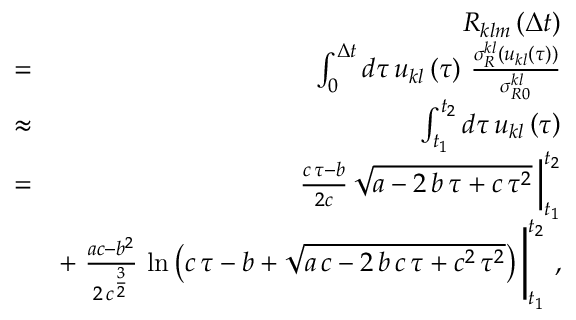
\begin{array} { r l r } & { } & { { \cal R } _ { k l m } \left( \Delta t \right) } \\ & { = } & { \int _ { 0 } ^ { \Delta t } d \tau \, u _ { k l } \left( \tau \right) \, \frac { \sigma _ { R } ^ { k l } \left( u _ { k l } \left( \tau \right) \right) } { \sigma _ { R 0 } ^ { k l } } } \\ & { \approx } & { \int _ { t _ { 1 } } ^ { t _ { 2 } } d \tau \, u _ { k l } \left( \tau \right) } \\ & { = } & { \left. \frac { c \, \tau - b } { 2 c } \, \sqrt { a - 2 \, b \, \tau + c \, \tau ^ { 2 } } \, \right| _ { t _ { 1 } } ^ { t _ { 2 } } } \\ & { } & { + \left. \frac { a c - b ^ { 2 } } { 2 \, c ^ { \frac { 3 } { 2 } } } \, \ln \left( c \, \tau - b + \sqrt { a \, c - 2 \, b \, c \, \tau + c ^ { 2 } \, \tau ^ { 2 } } \right) \, \right| _ { t _ { 1 } } ^ { t _ { 2 } } \, , } \end{array}